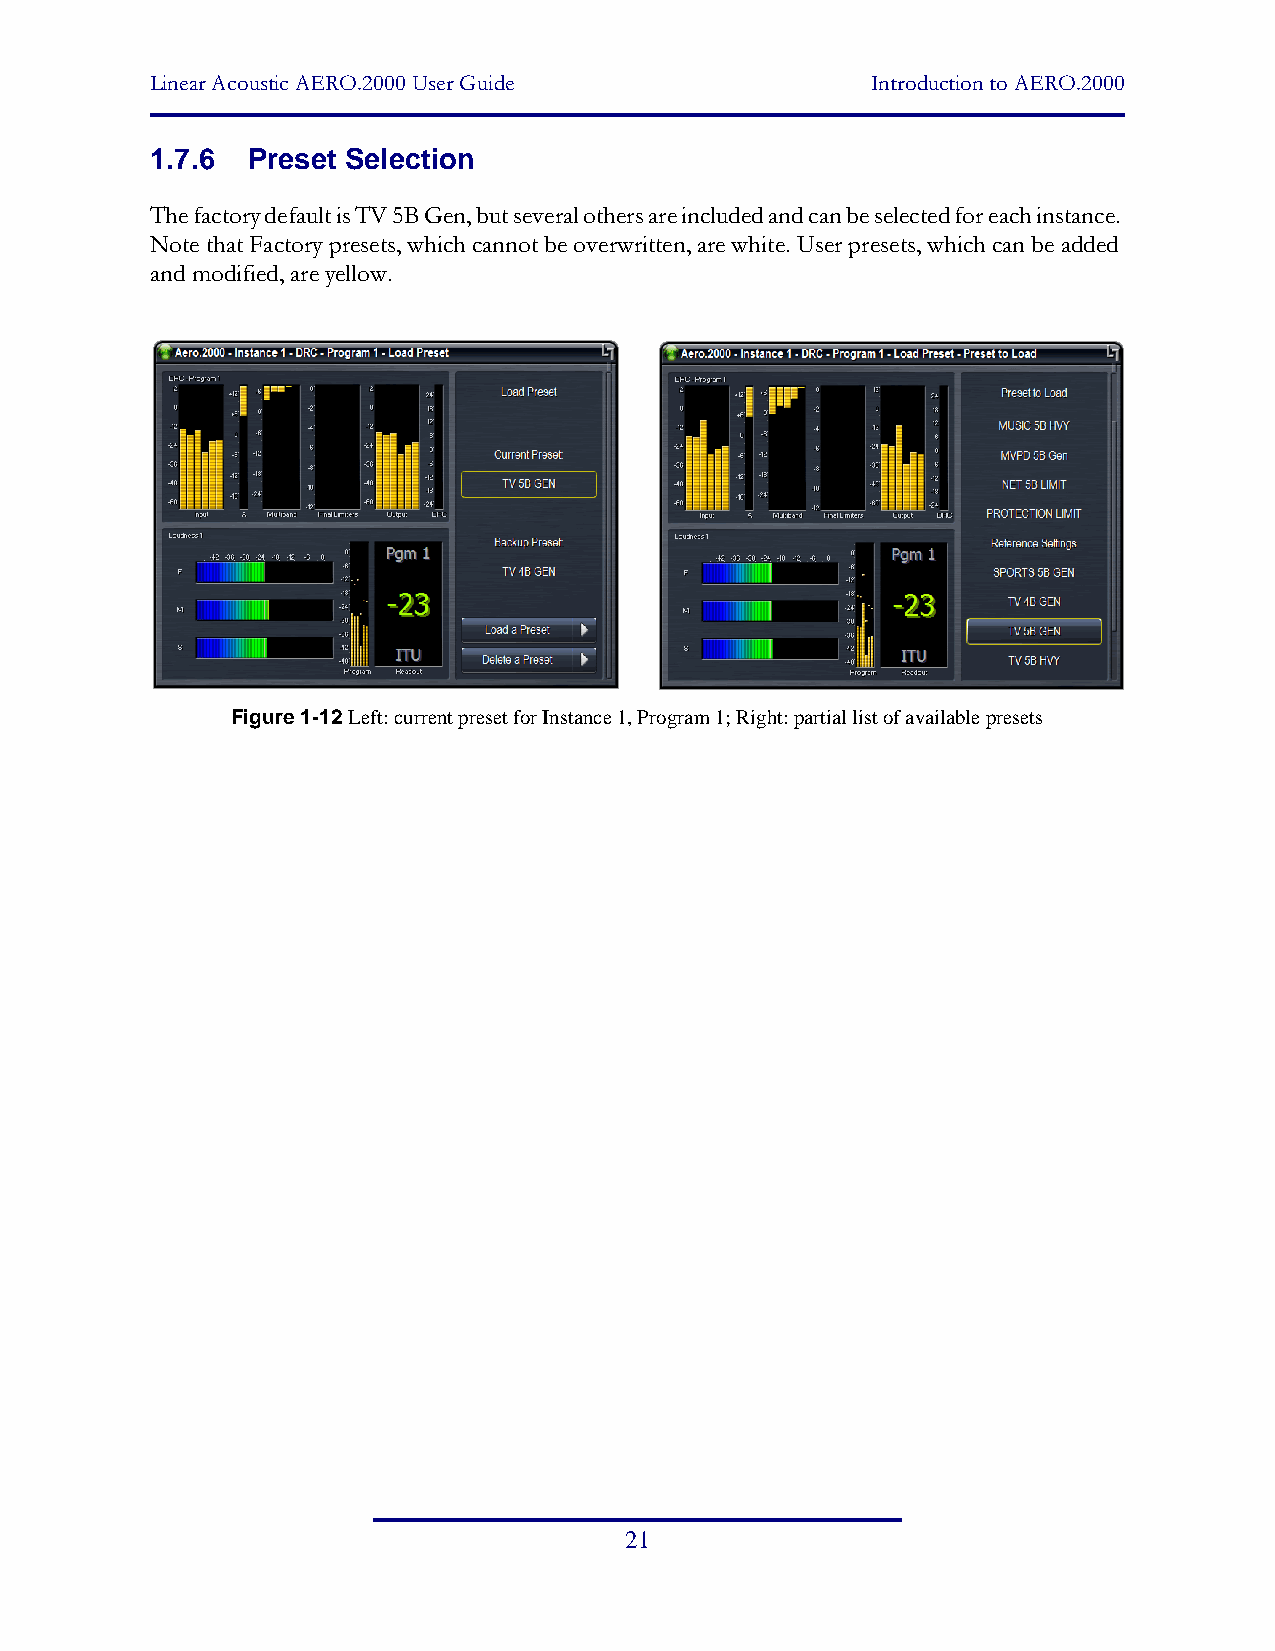
Linear Acoustic AERO.2000 User Guide            Introduction to AERO.2000
 1.7.6 Preset Selection
 The factory default is TV 5B Gen, but several others are included and can be selected for each instance.
 Note that Factory presets, which cannot be overwritten, are white. User presets, which can be added
 and modified, are yellow.
 Figure 1-12 Left: current preset for Instance 1, Program 1; Right: partial list of available presets
 21